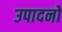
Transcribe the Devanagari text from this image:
उपादनों